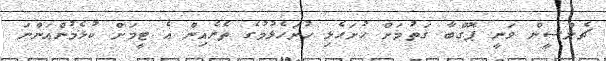
ޗެލްސީން ވަނީ ޕޮގްބާ ގަތުމަށް ހުށަހެޅި ހުށަހެޅުމުގެ ތެރެއިން އެ ޓީމަށް ކުޅެމުންއަންނަ